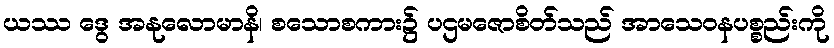
ယဿ ဒွေ အနုလောမာနိ၊ စသောစကား၌ ပဌမဇောစိတ်သည် အာသေဝနပစ္စည်းကို